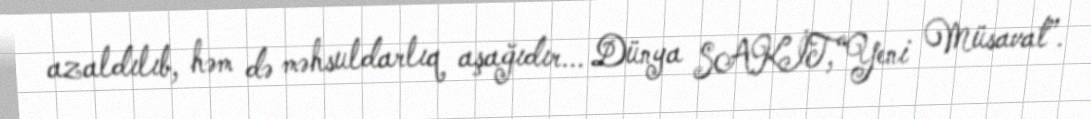
azaldılıb, həm də məhsuldarlıq aşağıdır... Dünya SAKİT,“Yeni Müsavat”.